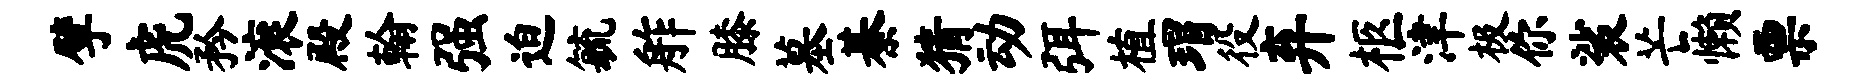
擘虎矜滚殿翰强迫毓舴膝墓綦猜动弭植瑁役弃柩津极你裟芒懒票